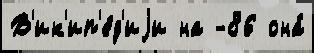
В'ик'ип'е́д'иjи на -86 она́